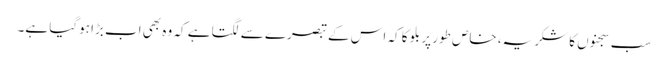
سب سجنوں کا شکریہ، خاص طور پر بلو کا کہ اس کے تبصرے سے لگتا ہے کہ وہ بھی اب بڑا ہوگیا ہے۔